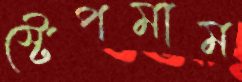
স্টেপমাম